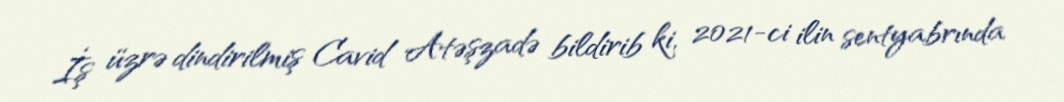
İş üzrə dindirilmiş Cavid Atəşzadə bildirib ki, 2021-ci ilin sentyabrında